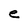
Character: e